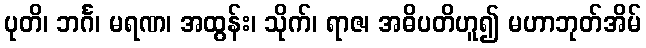
ပုတိ၊ ဘင်္ဂ၊ မရဏ၊ အထွန်း၊ သိုက်၊ ရာဇ၊ အဓိပတိဟူ၍ မဟာဘုတ်အိမ်